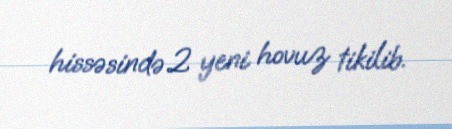
hissəsində 2 yeni hovuz tikilib.